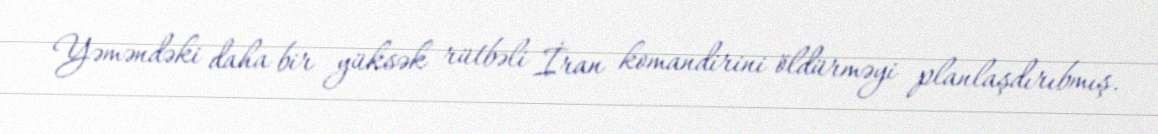
Yəməndəki daha bir yüksək rütbəli İran komandirini öldürməyi planlaşdırıbmış.